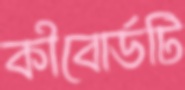
কীবোর্ডটি